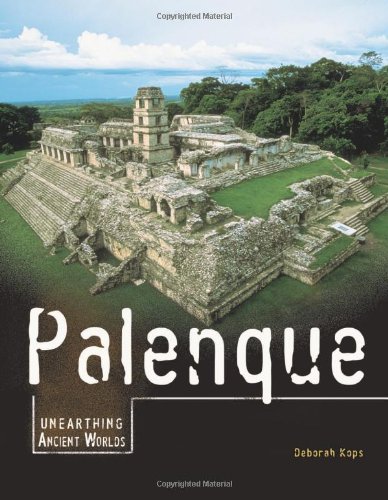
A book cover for Palenque (Unearthing Ancient Worlds); Deborah Kops; Children's Books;